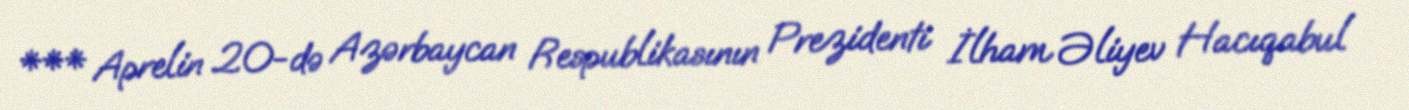
*** Aprelin 20-də Azərbaycan Respublikasının Prezidenti İlham Əliyev Hacıqabul